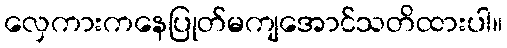
လှေကားကနေပြုတ်မကျအောင်သတိထားပါ။